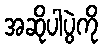
အဆိုပါပွဲကို